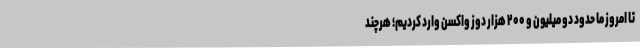
تا امروز ما حدود دو میلیون و ۲۰۰ هزار دوز واکسن وارد کردیم؛ هرچند